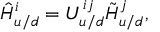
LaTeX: \hat { H } _ { u / d } ^ { i } = U _ { u / d } ^ { i j } \tilde { H } _ { u / d } ^ { j } ,